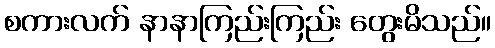
စကားလက် နာနာကြည်းကြည်း တွေးမိသည်။